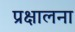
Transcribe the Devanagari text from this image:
प्रक्षालना